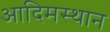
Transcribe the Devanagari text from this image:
आदिमस्थान